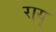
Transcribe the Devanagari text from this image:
राय्